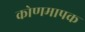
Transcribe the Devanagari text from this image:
कोणमापक